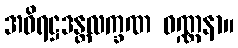
အဝိရဋ္ဌဒန္တလက္ခဏ ဝဏ္ဏနာ။